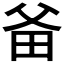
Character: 𤱇